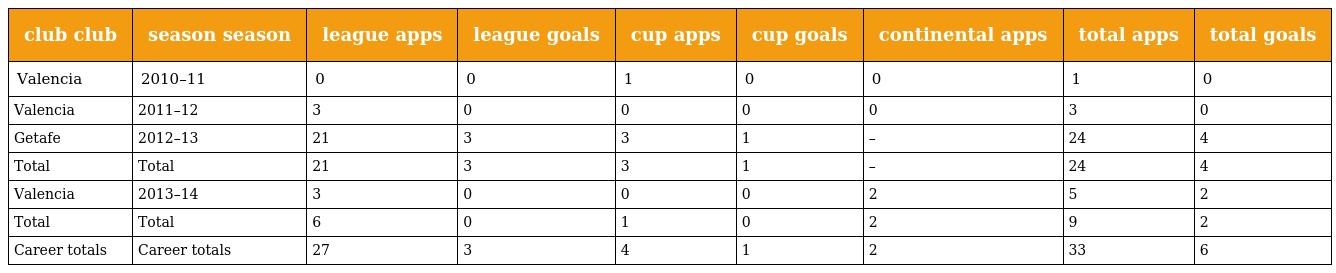
| club club | season season | league apps | league goals | cup apps | cup goals | continental apps | total apps | total goals |
 | --- | --- | --- | --- | --- | --- | --- | --- | --- |
 | Valencia | 2010–11 | 0 | 0 | 1 | 0 | 0 | 1 | 0 |
 | Valencia | 2011–12 | 3 | 0 | 0 | 0 | 0 | 3 | 0 |
 | Getafe | 2012–13 | 21 | 3 | 3 | 1 | – | 24 | 4 |
 | Total | Total | 21 | 3 | 3 | 1 | – | 24 | 4 |
 | Valencia | 2013–14 | 3 | 0 | 0 | 0 | 2 | 5 | 2 |
 | Total | Total | 6 | 0 | 1 | 0 | 2 | 9 | 2 |
 | Career totals | Career totals | 27 | 3 | 4 | 1 | 2 | 33 | 6 |